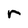
Character: r